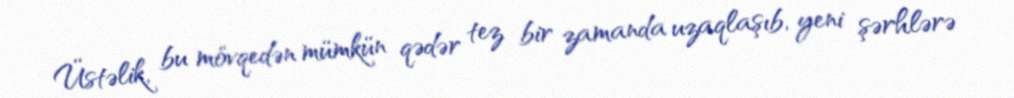
Üstəlik, bu mövqedən mümkün qədər tez bir zamanda uzaqlaşıb, yeni şərhlərə